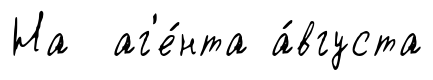
На аг'е́нта а́вгуста